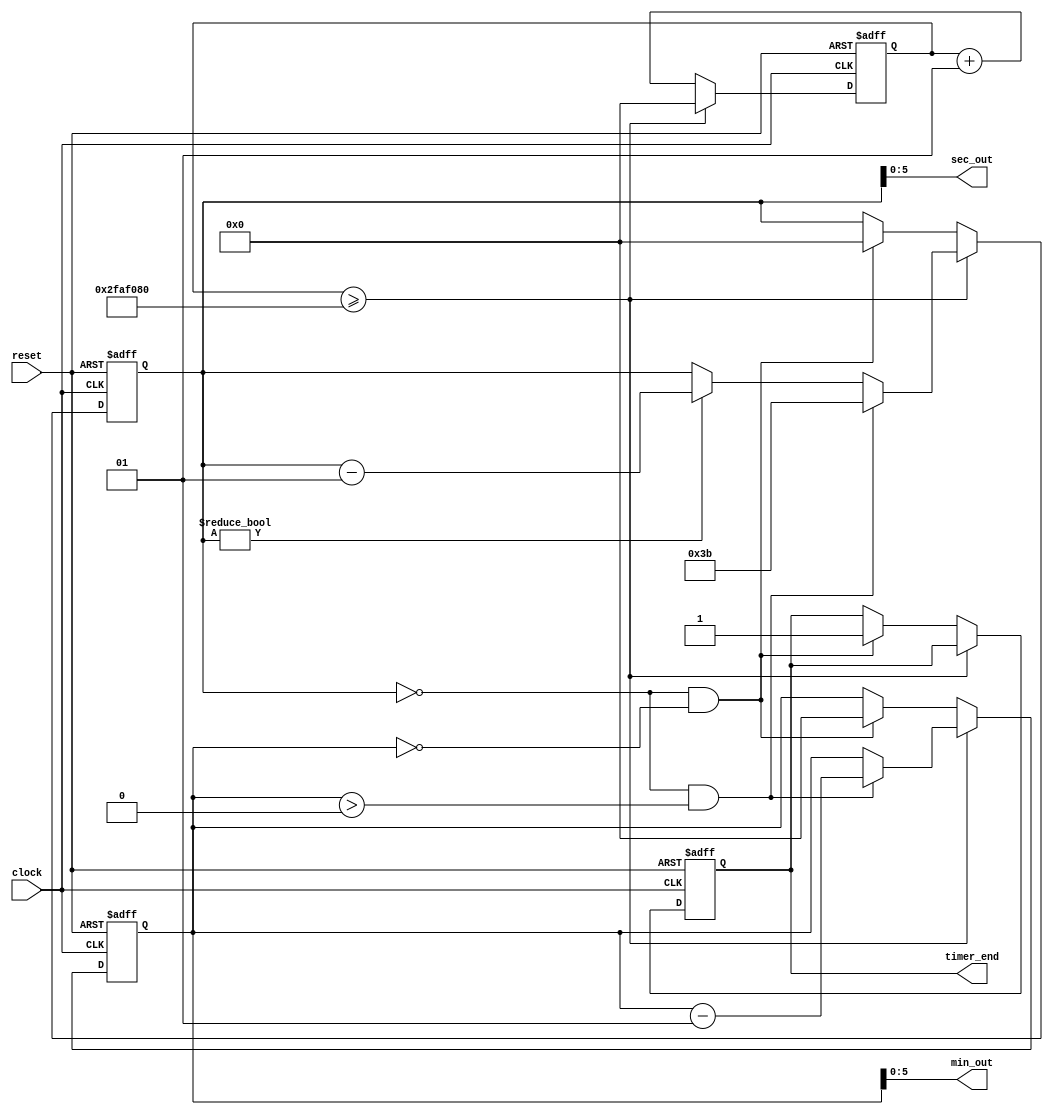
module Timer # (
	// Time for the timer to count down from
	parameter MINS = 1,
	parameter SECS = 0,
	
	parameter CLK_F = 50000000 // 50 MHz
) (
	input 		clock, // Clock signal
	input 		reset, // Reset signal
	output		timer_end, // Set high when the timer finishes counting down
	output	[5:0]	sec_out, // Value of the current number of seconds remaining
	output	[5:0]	min_out // Value of the current number of minutes remaining
);
	
	integer mins, secs, phase_increment;
	
	reg timer_end_reg;
	
	always @ (posedge clock or posedge reset) begin
		if (reset == 1'b1) begin
			timer_end_reg = 1'b0;
			phase_increment = 0;
			mins = MINS;
			secs = SECS;
		end else begin
		
			if (phase_increment >= CLK_F) begin
				phase_increment = 0;
				
				if (secs == 0 && mins > 0) begin
					secs = 59;
					mins = mins - 1;
				end else if (secs != 0) begin
					secs = secs - 1;
				end
				
			end else begin
				phase_increment = phase_increment + 1;
				
				if (secs == 0 && mins == 0) begin
					mins = 0;
					secs = 0;
					timer_end_reg = 1'b1;
				end
			end
		end
	end
	
	assign timer_end = timer_end_reg;
	assign sec_out = secs;
	assign min_out = mins;
	
endmodule